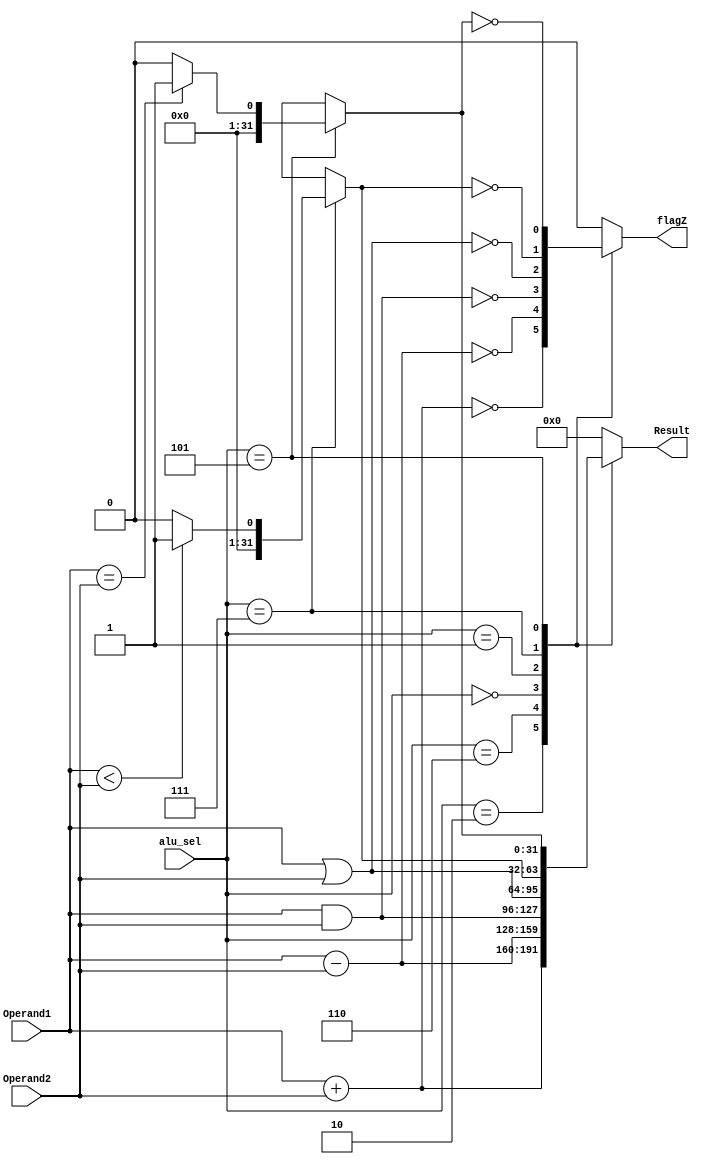
`timescale 1ns / 1ps
//////////////////////////////////////////////////////////////////////////////////
// Company: 
// Engineer: 
// 
// Design Name: 
// Module Name: alu
// Project Name: 
// Target Devices: 
// Tool Versions: 
// Description: 
// 
// Dependencies: 
// 
// Revision:
// Revision 0.01 - File Created
// Additional Comments:
// 
//////////////////////////////////////////////////////////////////////////////////


module alu( alu_sel,

                Operand1,

                Operand2,

                Result,

                flagZ

              );    

  input [2:0]  alu_sel;

  input [31:0]  Operand1,

             Operand2;

     
output reg [31:0] Result = 32'b0;

output reg  flagZ = 1'b0;   

  parameter  [2:0] ADD = 3'b010,

                 SUB = 3'b110,
  			     OR = 3'b001,
                 AND = 3'b000,
  				 SLT = 3'b111,
  				 EQU = 3'b101;

   
always @ (alu_sel or Operand1 or Operand2)

begin

   case (alu_sel)

   ADD: begin

     Result = Operand1 + Operand2;


     flagZ  = (Result == 32'b0);

    end

   SUB: begin

     Result = Operand1 - Operand2;

     flagZ  = (Result == 32'b0);

    end

   AND: begin

     Result = Operand1 & Operand2;

     flagZ  = (Result == 16'b0);

    end

   OR:  begin

      Result = Operand1 | Operand2;

     flagZ  = (Result == 32'b0);

     end
     
     SLT:  begin
       if(Operand1<Operand2) Result = 32'b1;
       else Result = 32'b0;

     flagZ  = (Result == 32'b0);

     end
     
     
     EQU:  begin

       if(Operand1==Operand2) Result = 32'b1;
       else Result = 32'b0;

     flagZ  = (Result == 32'b0);

     end

   default: begin

     Result = 32'b0;

     flagZ  = 1'b0;

    end

   endcase

end

endmodule